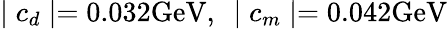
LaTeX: \mid c_{d}\mid=0.032\mathrm{GeV},\enspace\mid c_{m}\mid=0.042\mathrm{GeV}